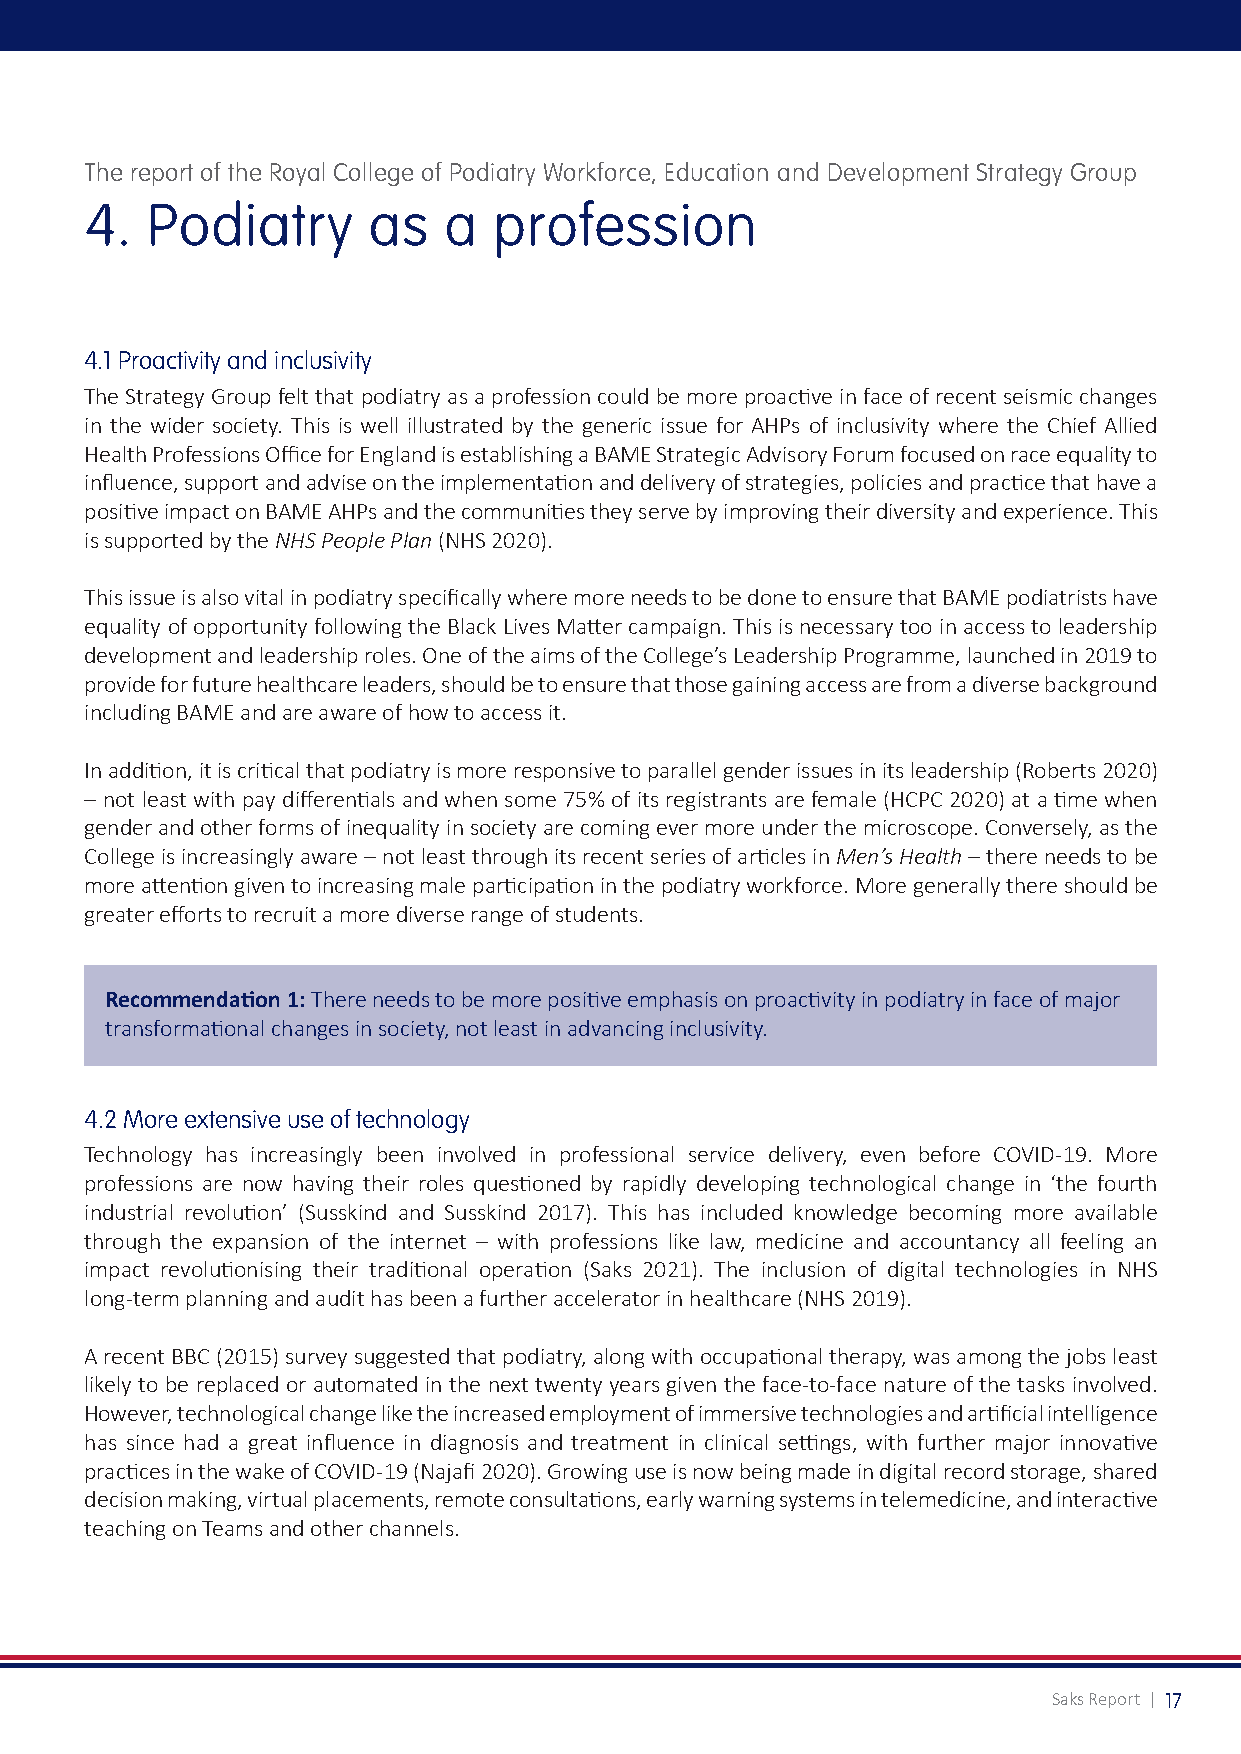
The report of the Royal College of Podiatry Workforce, Education and Development Strategy Group
 4.  Podiatry      as   a   profession
 4.1 Proactivity and inclusivity
 The Strategy Group felt that podiatry as a profession could be more proactive in face of recent seismic changes
 in the wider society. This is well illustrated by the generic issue for AHPs of inclusivity where the Chief Allied
 Health Professions Office for England is establishing a BAME Strategic Advisory Forum focused on race equality to
 influence, support and advise on the implementation and delivery of strategies, policies and practice that have a
 positive impact on BAME AHPs and the communities they serve by improving their diversity and experience. This
 is supported by the NHS People Plan (NHS 2020).
 This issue is also vital in podiatry specifically where more needs to be done to ensure that BAME podiatrists have
 equality of opportunity following the Black Lives Matter campaign. This is necessary too in access to leadership
 development and leadership roles. One of the aims of the College’s Leadership Programme, launched in 2019 to
 provide for future healthcare leaders, should be to ensure that those gaining access are from a diverse background
 including BAME and are aware of how to access it.
 In addition, it is critical that podiatry is more responsive to parallel gender issues in its leadership (Roberts 2020)
 – not least with pay differentials and when some 75% of its registrants are female (HCPC 2020) at a time when
 gender and other forms of inequality in society are coming ever more under the microscope. Conversely, as the
 College is increasingly aware – not least through its recent series of articles in Men’s Health – there needs to be
 more attention given to increasing male participation in the podiatry workforce. More generally there should be
 greater efforts to recruit a more diverse range of students.
 Recommendation 1: There needs to be more positive emphasis on proactivity in podiatry in face of major
 transformational changes in society, not least in advancing inclusivity.
 4.2 More extensive use of technology
 Technology has increasingly been involved in professional service delivery, even before COVID-19. More
 professions are now having their roles questioned by rapidly developing technological change in ‘the fourth
 industrial revolution’ (Susskind and Susskind 2017). This has included knowledge becoming more available
 through the expansion of the internet – with professions like law, medicine and accountancy all feeling an
 impact revolutionising their traditional operation (Saks 2021). The inclusion of digital technologies in NHS
 long-term planning and audit has been a further accelerator in healthcare (NHS 2019).
 A recent BBC (2015) survey suggested that podiatry, along with occupational therapy, was among the jobs least
 likely to be replaced or automated in the next twenty years given the face-to-face nature of the tasks involved.
 However, technological change like the increased employment of immersive technologies and artificial intelligence
 has since had a great influence in diagnosis and treatment in clinical settings, with further major innovative
 practices in the wake of COVID-19 (Najafi 2020). Growing use is now being made in digital record storage, shared
 decision making, virtual placements, remote consultations, early warning systems in telemedicine, and interactive
 teaching on Teams and other channels.
 Saks Report | 17